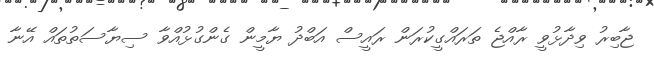
ޖާބިރު ވިދާޅުވީ ރާއްޖެ ތަރައްގީކުރަން ރައީސް އަބްދު ޔާމީން ގެންގުޅުއްވާ ސިޔާސަތުތައް އޭނާ